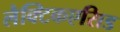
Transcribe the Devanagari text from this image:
लैक्टिकएसिड